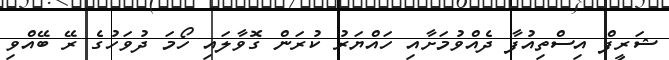
ޝަރީފް އިސްތިއުފާ ދެއްވުމަށާއި ހައްޔަރު ކުރަން ގޮވާލައި ހޯމަ ދުވަހުގެ ރޭ ބޭއްވި